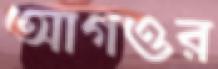
আগওর